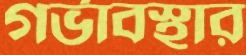
গর্ভাবস্থার